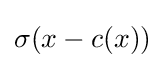
\sigma (x-c(x))